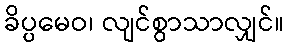
ခိပ္ပမေဝ၊ လျင်စွာသာလျှင်။